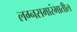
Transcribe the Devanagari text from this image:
लग्नसमारंभातील